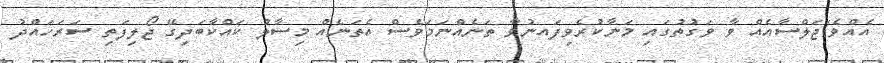
އެއްވެ/ޖަލްސާއެއް ވާ ވަގުތުގައި މަނާކުރެވިފައނުވާ ތަނެއްނަމަވެސް އެތަނެއް މިސާލު ކައްކާބަދިގޭ ޖޯލިފަތި ސަރަހައްދު